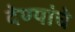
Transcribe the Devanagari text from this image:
देण्यांचे